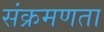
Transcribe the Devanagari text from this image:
संक्रमणता